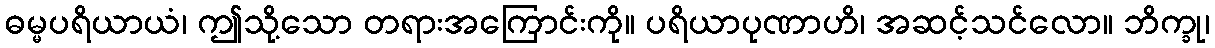
ဓမ္မပရိယာယံ၊ ဤသို့သော တရားအကြောင်းကို။ ပရိယာပုဏာဟိ၊ အဆင့်သင်လော။ ဘိက္ခု၊